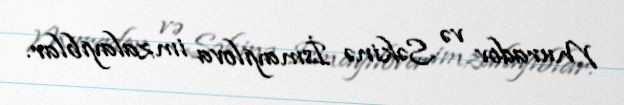
Muradov və Səkinə İsmayılova imzalayıblar.